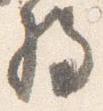
将